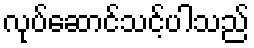
လုပ်ဆောင်သင့်ပါသည်